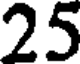
25